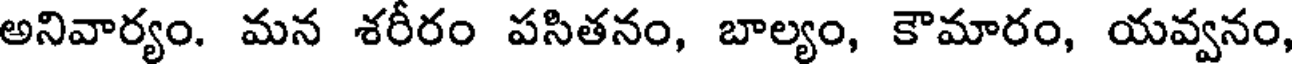
అనివార్యం. మన శరీరం పసితనం, బాల్యం, కౌమారం, యవ్వనం,